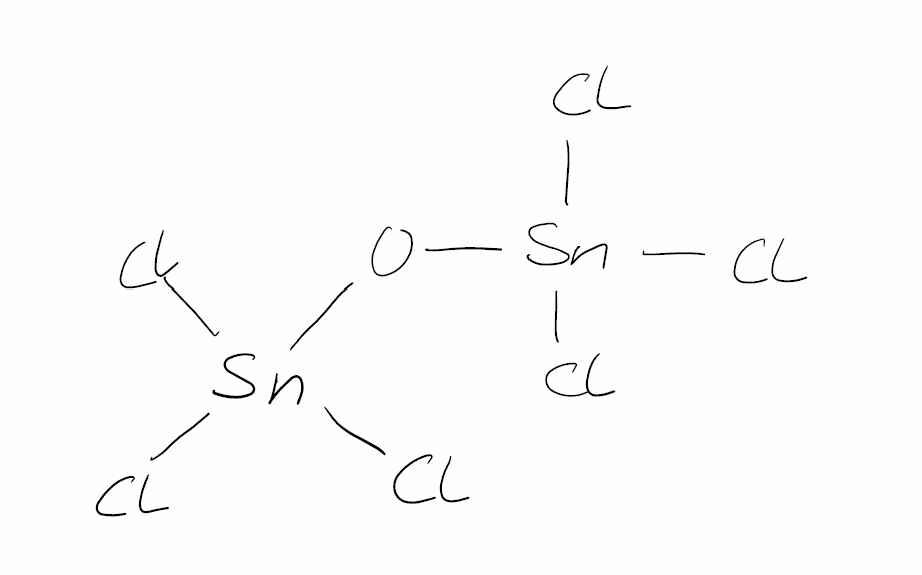
Simplified molecular-input line-entry system (SMILES) notation of the given molecule:
O([Sn](Cl)(Cl)Cl)[Sn](Cl)(Cl)Cl